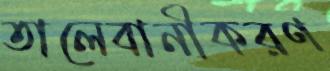
তালেবানীকরণ